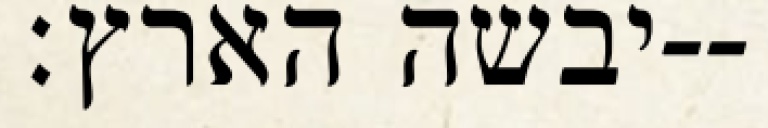
יבשה הארץ׃--